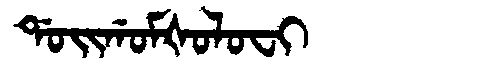
Manchu: ᡩᠣᡳᡤᠣᠮᡧᠣᠯᠣᠸᡳ
Romanization: DOIGOMŠOLOFI